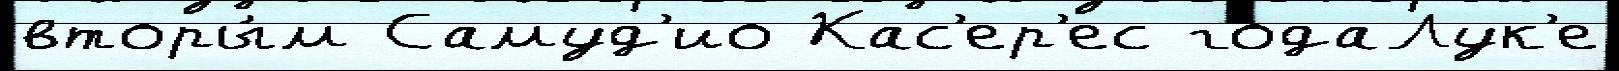
вторы́м Самуд'ио Кас'ер'ес годаЛук'е